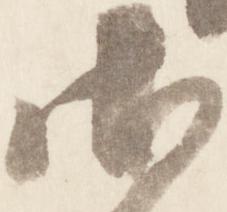
御